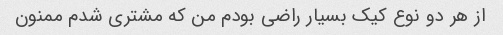
از هر دو نوع کیک بسیار راضی بودم من که مشتری شدم ممنون